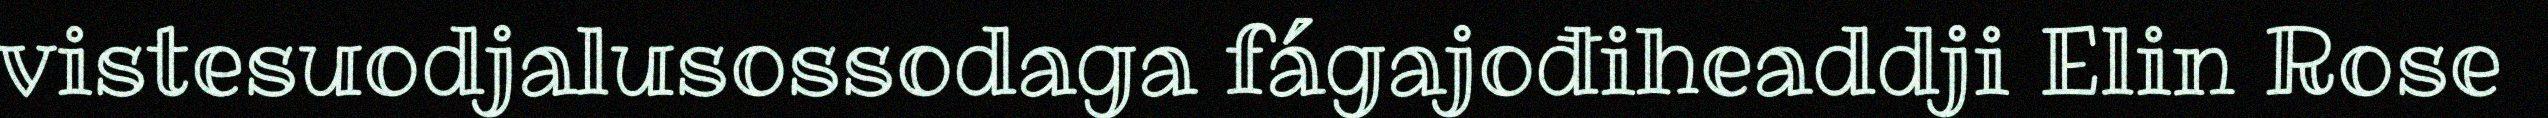
vistesuodjalusossodaga fágajođiheaddji Elin Rose